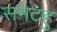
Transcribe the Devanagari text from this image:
समेटहु